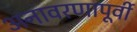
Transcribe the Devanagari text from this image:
अनावरणापूर्वी